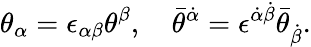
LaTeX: \theta_{\alpha}=\epsilon_{\alpha\beta}\theta^{\beta},\quad\bar{\theta}^{\dot{\alpha}}=\epsilon^{\dot{\alpha}\dot{\beta}}\bar{\theta}_{\dot{\beta}}.